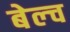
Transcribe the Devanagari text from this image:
बेल्च